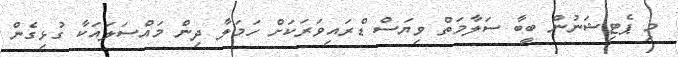
މި ޕެޓިޝަނުން ބީބާ ސަލާމަތް ވިޔަސް ޑްރައިވަރަކަށް ހަމަލާ ދިން މައްސަލައަކާ ގުޅިގެން